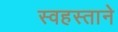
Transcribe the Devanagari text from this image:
स्वहस्ताने